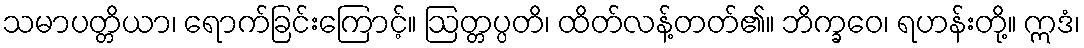
သမာပတ္တိယာ၊ ရောက်ခြင်းကြောင့်။ ဩတ္တပ္ပတိ၊ ထိတ်လန့်တတ်၏။ ဘိက္ခဝေ၊ ရဟန်းတို့။ ဣဒံ၊